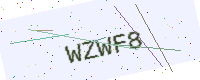
Text: WZWF8